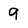
Character: 9